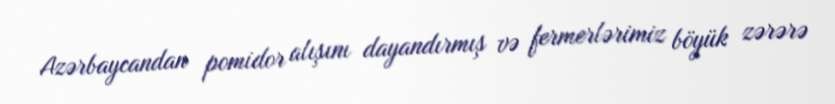
Azərbaycandan pomidor alışını dayandırmış və fermerlərimiz böyük zərərə